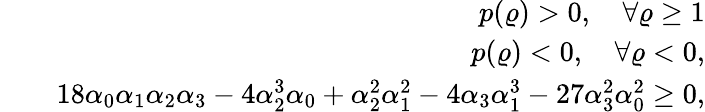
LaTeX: \begin{array}{rlr}&{}&{p(\varrho)>0,\quad\forall\varrho\ge 1}\\ &{}&{p(\varrho)<0,\quad\forall\varrho<0,}\\ &{}&{18\alpha_{0}\alpha_{1}\alpha_{2}\alpha_{3}-4\alpha_{2}^{3}\alpha_{0}+\alpha_{2}^{2}\alpha_{1}^{2}-4\alpha_{3}\alpha_{1}^{3}-27\alpha_{3}^{2}\alpha_{0}^{2}\ge 0,}\end{array}